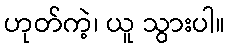
ဟုတ်ကဲ့၊ ယူ သွားပါ။